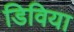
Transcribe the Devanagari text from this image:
डिविया